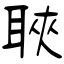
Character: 聗